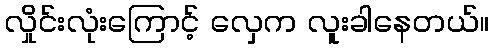
လှိုင်းလုံးကြောင့် လှေက လူးခါနေတယ်။